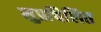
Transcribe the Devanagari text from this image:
सुप्रचिलित